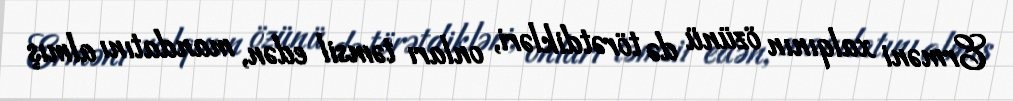
Erməni xalqının özünü də törətdikləri, onları təmsil edən, mandatını almış